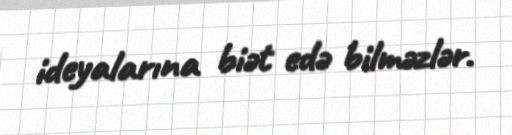
ideyalarına biət edə bilməzlər.